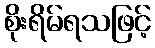
စိုးရိမ်ရသဖြင့်